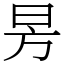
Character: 昘